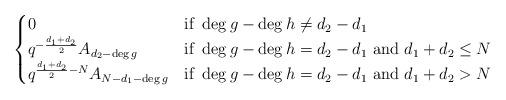
LaTeX: \begin{align*} \begin{cases} 0 & \textrm{if } \deg g - \deg h \neq d_2-d_1 \\ q^{ - \frac{d_1+d_2}{2}} A_{d_2-\deg g} & \textrm{if } \deg g - \deg h = d_2-d_1\textrm{ and } d_1 + d_2 \leq N \\ q^{ \frac{d_1+d_2}{2}-N} A_{N-d_1-\deg g} & \textrm{if } \deg g - \deg h = d_2-d_1\textrm{ and } d_1 + d_2 > N \end{cases}\end{align*}